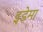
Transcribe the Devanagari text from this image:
इडेमा